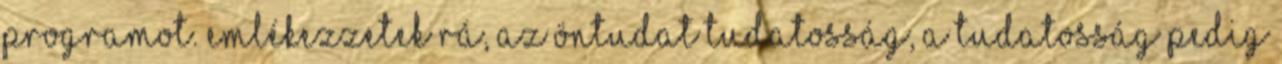
programot. Emlékezzetek rá, az öntudat tudatosság, a tudatosság pedig